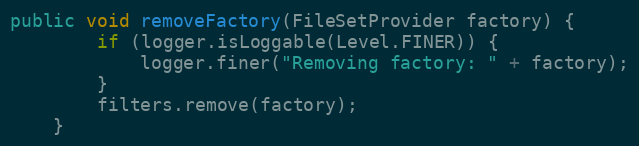
Language: Java
public void removeFactory(FileSetProvider factory) {
		if (logger.isLoggable(Level.FINER)) {
			logger.finer("Removing factory: " + factory);
		}
		filters.remove(factory);
	}